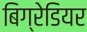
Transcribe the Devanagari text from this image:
बिग्रेडियर